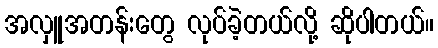
အလှူအတန်းတွေ လုပ်ခဲ့တယ်လို့ ဆိုပါတယ်။